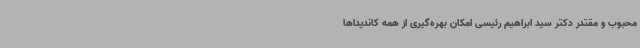
محبوب و مقتدر دکتر سید ابراهیم رئیسی امکان بهره‌گیری از همه کاندیداها